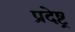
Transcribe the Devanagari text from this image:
प्रदेष्ट्र